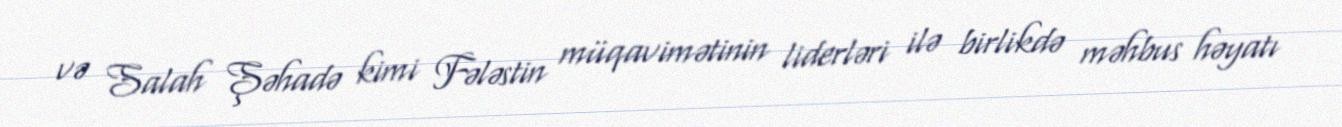
və Salah Şəhadə kimi Fələstin müqavimətinin liderləri ilə birlikdə məhbus həyatı